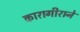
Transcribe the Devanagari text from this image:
कारागीराने